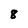
Character: 8